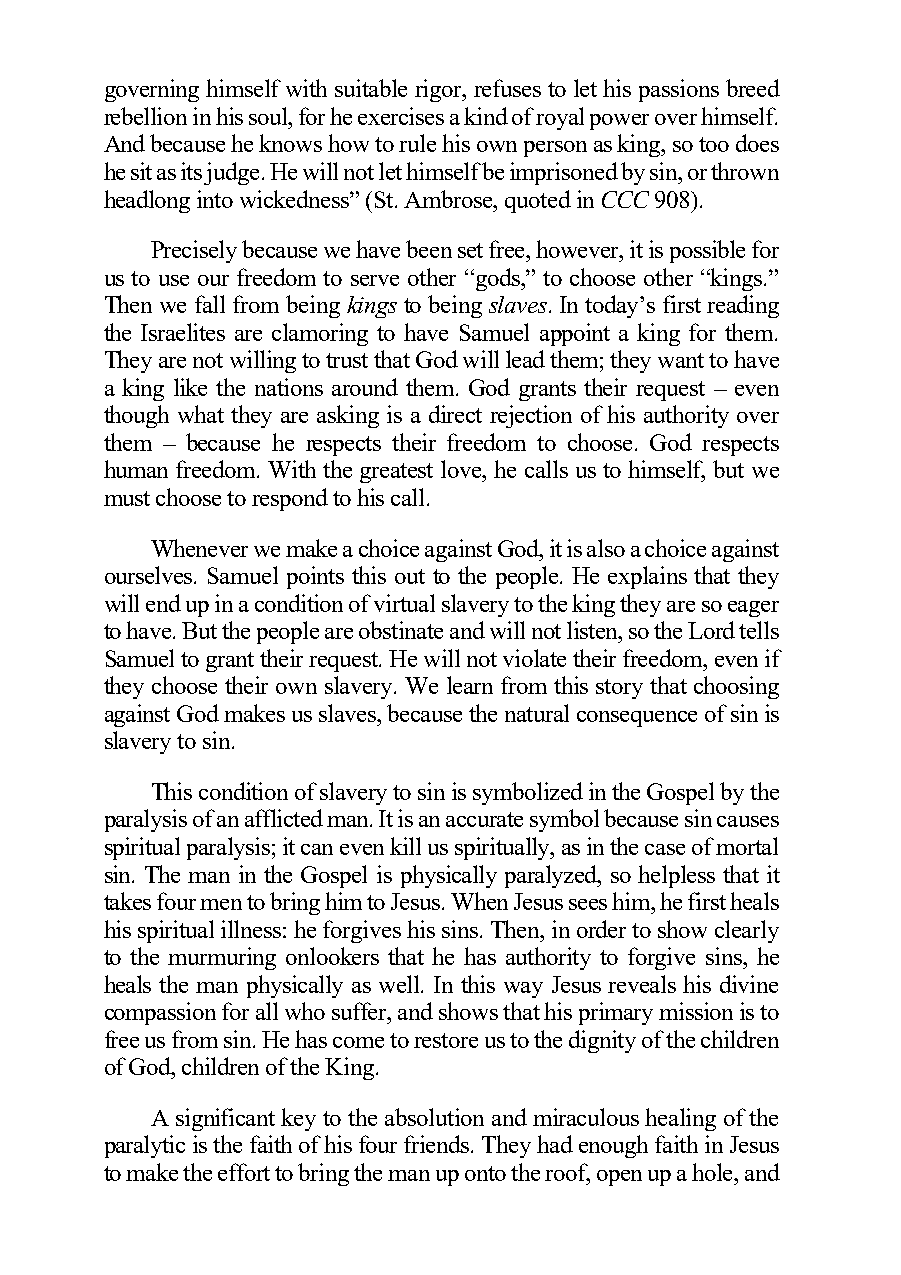
governing himself with suitable rigor, refuses to let his passions breed
 rebellion in his soul, for he exercises a kind of royal power over himself.
 And because he knows how to rule his own person as king, so too does
 he sit as its judge. He will not let himself be imprisoned by sin, or thrown
 headlong into wickedness” (St. Ambrose, quoted in CCC 908).
 Precisely because we have been set free, however, it is possible for
 us to use our freedom to serve other “gods,” to choose other “kings.”
 Then we fall from being kings to being slaves. In today’s first reading
 the Israelites are clamoring to have Samuel appoint a king for them.
 They are not willing to trust that God will lead them; they want to have
 a king like the nations around them. God grants their request – even
 though what they are asking is a direct rejection of his authority over
 them – because he respects their freedom to choose. God respects
 human freedom. With the greatest love, he calls us to himself, but we
 must choose to respond to his call.
 Whenever we make a choice against God, it is also a choice against
 ourselves. Samuel points this out to the people. He explains that they
 will end up in a condition of virtual slavery to the king they are so eager
 to have. But the people are obstinate and will not listen, so the Lord tells
 Samuel to grant their request. He will not violate their freedom, even if
 they choose their own slavery. We learn from this story that choosing
 against God makes us slaves, because the natural consequence of sin is
 slavery to sin.
 This condition of slavery to sin is symbolized in the Gospel by the
 paralysis of an afflicted man. It is an accurate symbol because sin causes
 spiritual paralysis; it can even kill us spiritually, as in the case of mortal
 sin. The man in the Gospel is physically paralyzed, so helpless that it
 takes four men to bring him to Jesus. When Jesus sees him, he first heals
 his spiritual illness: he forgives his sins. Then, in order to show clearly
 to the murmuring onlookers that he has authority to forgive sins, he
 heals the man physically as well. In this way Jesus reveals his divine
 compassion for all who suffer, and shows that his primary mission is to
 free us from sin. He has come to restore us to the dignity of the children
 of God, children of the King.
 A significant key to the absolution and miraculous healing of the
 paralytic is the faith of his four friends. They had enough faith in Jesus
 to make the effort to bring the man up onto the roof, open up a hole, and